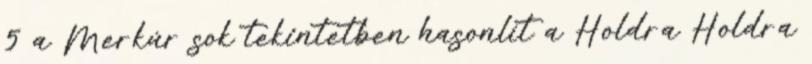
5 a Merkúr sok tekintetben hasonlít a Holdra Holdra